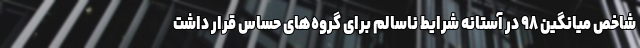
شاخص میانگین ۹۸ در آستانه شرایط ناسالم برای گروه‌های حساس قرار داشت